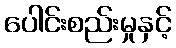
ပေါင်းစည်းမှုနှင့်